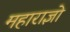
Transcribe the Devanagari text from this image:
महाराज्ञो